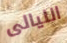
الليالى